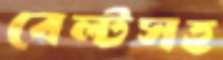
বেল্টসহ